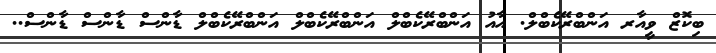
ބިކޮޒް ވީއާރ އަންބްރޭކެބްލް. އާއު އަންބްރޭކެބްލް އަންބްރޭކެބްލް އަންބްރޭކެބްލް ޑާންސް ޑާންސް ޑާންސް..